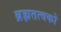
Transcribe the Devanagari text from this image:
ब्रह्मतत्वको